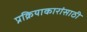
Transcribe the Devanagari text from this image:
प्रक्रियाकारांसाठी